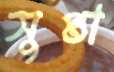
সুপ্তা